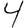
Digit: 4